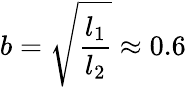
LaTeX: b=\sqrt{\frac{l_{1}}{l_{2}}}\approx 0.6